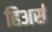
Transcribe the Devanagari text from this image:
हिअर्स